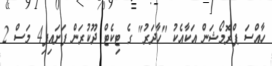
ހާއްސަ ޕްރޮމޯޝަން އަކާއެކު "ހާދަރު" ގެ ޓިކެޓް ދޫކުރަން ފަށައިފި4 މަސް 2